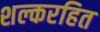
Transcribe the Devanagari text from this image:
शल्करहित